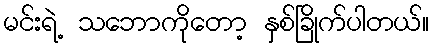
မင်းရဲ့ သဘောကိုတော့ နှစ်ခြိုက်ပါတယ်။